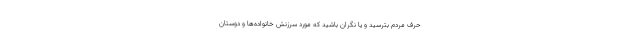
حرف مردم بترسید و یا نگران باشید که مورد سرزنش خانواده‌ها و دوستان